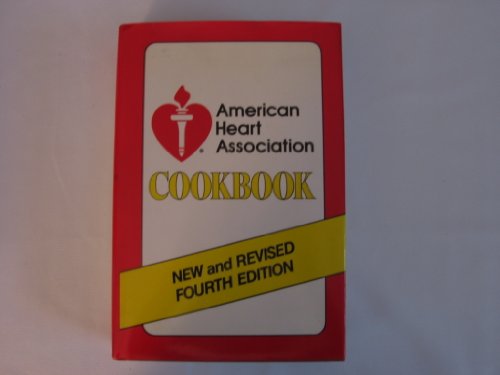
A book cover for American Heart Association Cookbook, New and Revised Fourth Edition; American Heart Association; Health, Fitness & Dieting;